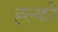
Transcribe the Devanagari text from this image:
ह्ल्की